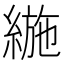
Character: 𦂛